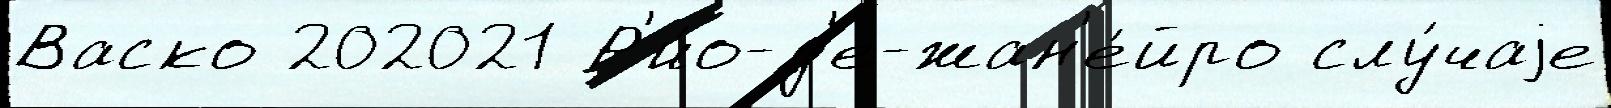
Васко 202021 Р'и́о-д'е-жан'е́йро слу́чаjе